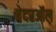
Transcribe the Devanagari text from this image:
वेदरऑल